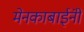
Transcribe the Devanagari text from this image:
मेनकाबाईंनी